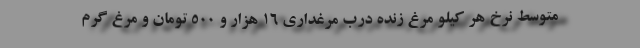
متوسط نرخ هر کیلو مرغ زنده درب مرغداری ۱۶ هزار و ۵۰۰ تومان و مرغ گرم